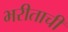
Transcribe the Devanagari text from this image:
भरीताची